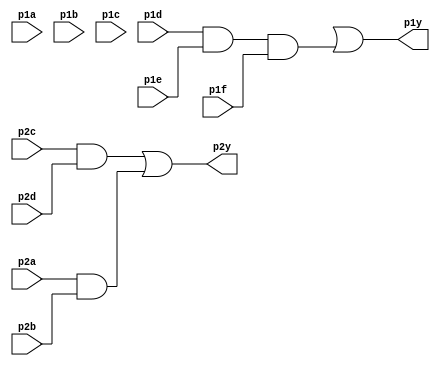
module chip (
 input wire p1a,p1b,p1c,p1d,p1e,p1f,p2a,p2b,p2c,p2d,
 
 output wire p1y,p2y
);
  wire p2ab=p2a & p2b;
  wire p1abc= p1a & p1b & p1c;
  wire p2cd= p2c & p2d;
  wire p1def = p1d & p1e & p1f;
  
  assign p1y = p1ab | p1def;
  assign p2y = p2cd | p2ab;
  
  
  
endmodule